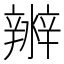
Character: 𤀲